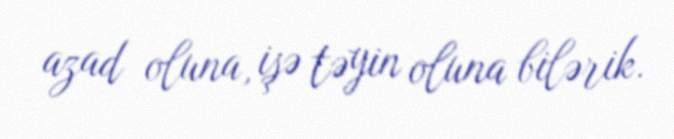
azad oluna, işə təyin oluna bilərik.